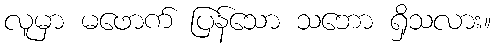
လူမှာ မဖောက် ပြန်သော သဘော ရှိသလား။